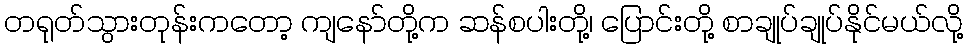
တရုတ်သွားတုန်းကတော့ ကျနော်တို့က ဆန်စပါးတို့၊ ပြောင်းတို့ စာချုပ်ချုပ်နိုင်မယ်လို့